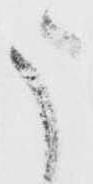
う